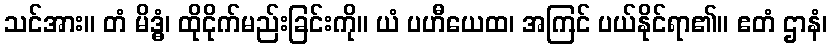
သင်အား။ တံ မိဒ္ဓံ၊ ထိုငိုက်မည်းခြင်းကို။ ယံ ပဟီယေထ၊ အကြင် ပယ်နိုင်ရာ၏။ ဧတံ ဌာနံ၊